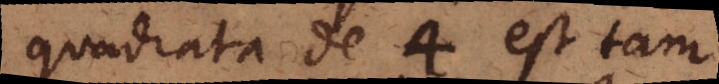
quadrata de 4 est tam